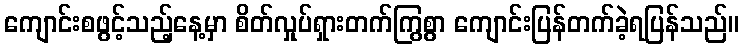
ကျောင်းစဖွင့်သည့်နေ့မှာ စိတ်လှုပ်ရှားတက်ကြွစွာ ကျောင်းပြန်တက်ခဲ့ရပြန်သည်။